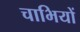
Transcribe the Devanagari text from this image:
चाभियों